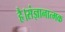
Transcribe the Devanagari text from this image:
है।संज्ञानात्मक